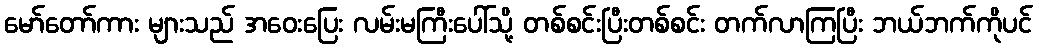
မော်တော်ကား များသည် အဝေးပြေး လမ်းမကြီးပေါ်သို့ တစ်စင်းပြီးတစ်စင်း တက်လာကြပြီး ဘယ်ဘက်ကိုပင်